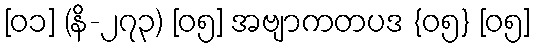
[၀၁] (နိ-၂၇၃) [၀၅] အဗျာကတပဒ {၀၅} [၀၅]